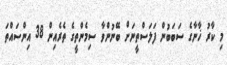
މި ކާރު ޚާނާގެ ސަބަބުން ފަލަސްތީނަށް ބޭނުންވާ ސިމެންތީގެ ތެރެއިން 38 އިންސައްތަ